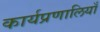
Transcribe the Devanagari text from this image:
कार्यप्रणालियाँ